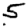
Digit: 5